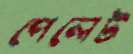
পেলেট